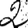
Digit: 2